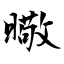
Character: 曔